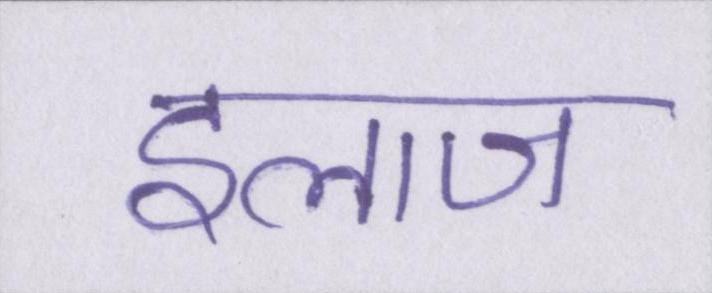
इलाज